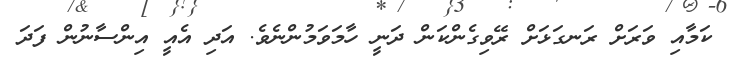
ކަމާއި ވަރަށް ރަނގަޅަށް ރޭވިގެންކަން ދަނީ ހާމަވަމުންނެވެ. އަދި އެއީ އިންސާނުން ފަދަ